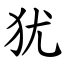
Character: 犹